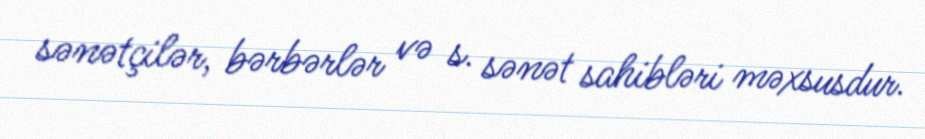
sənətçilər, bərbərlər və s. sənət sahibləri məxsusdur.